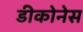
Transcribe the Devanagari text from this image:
डीकोनेस